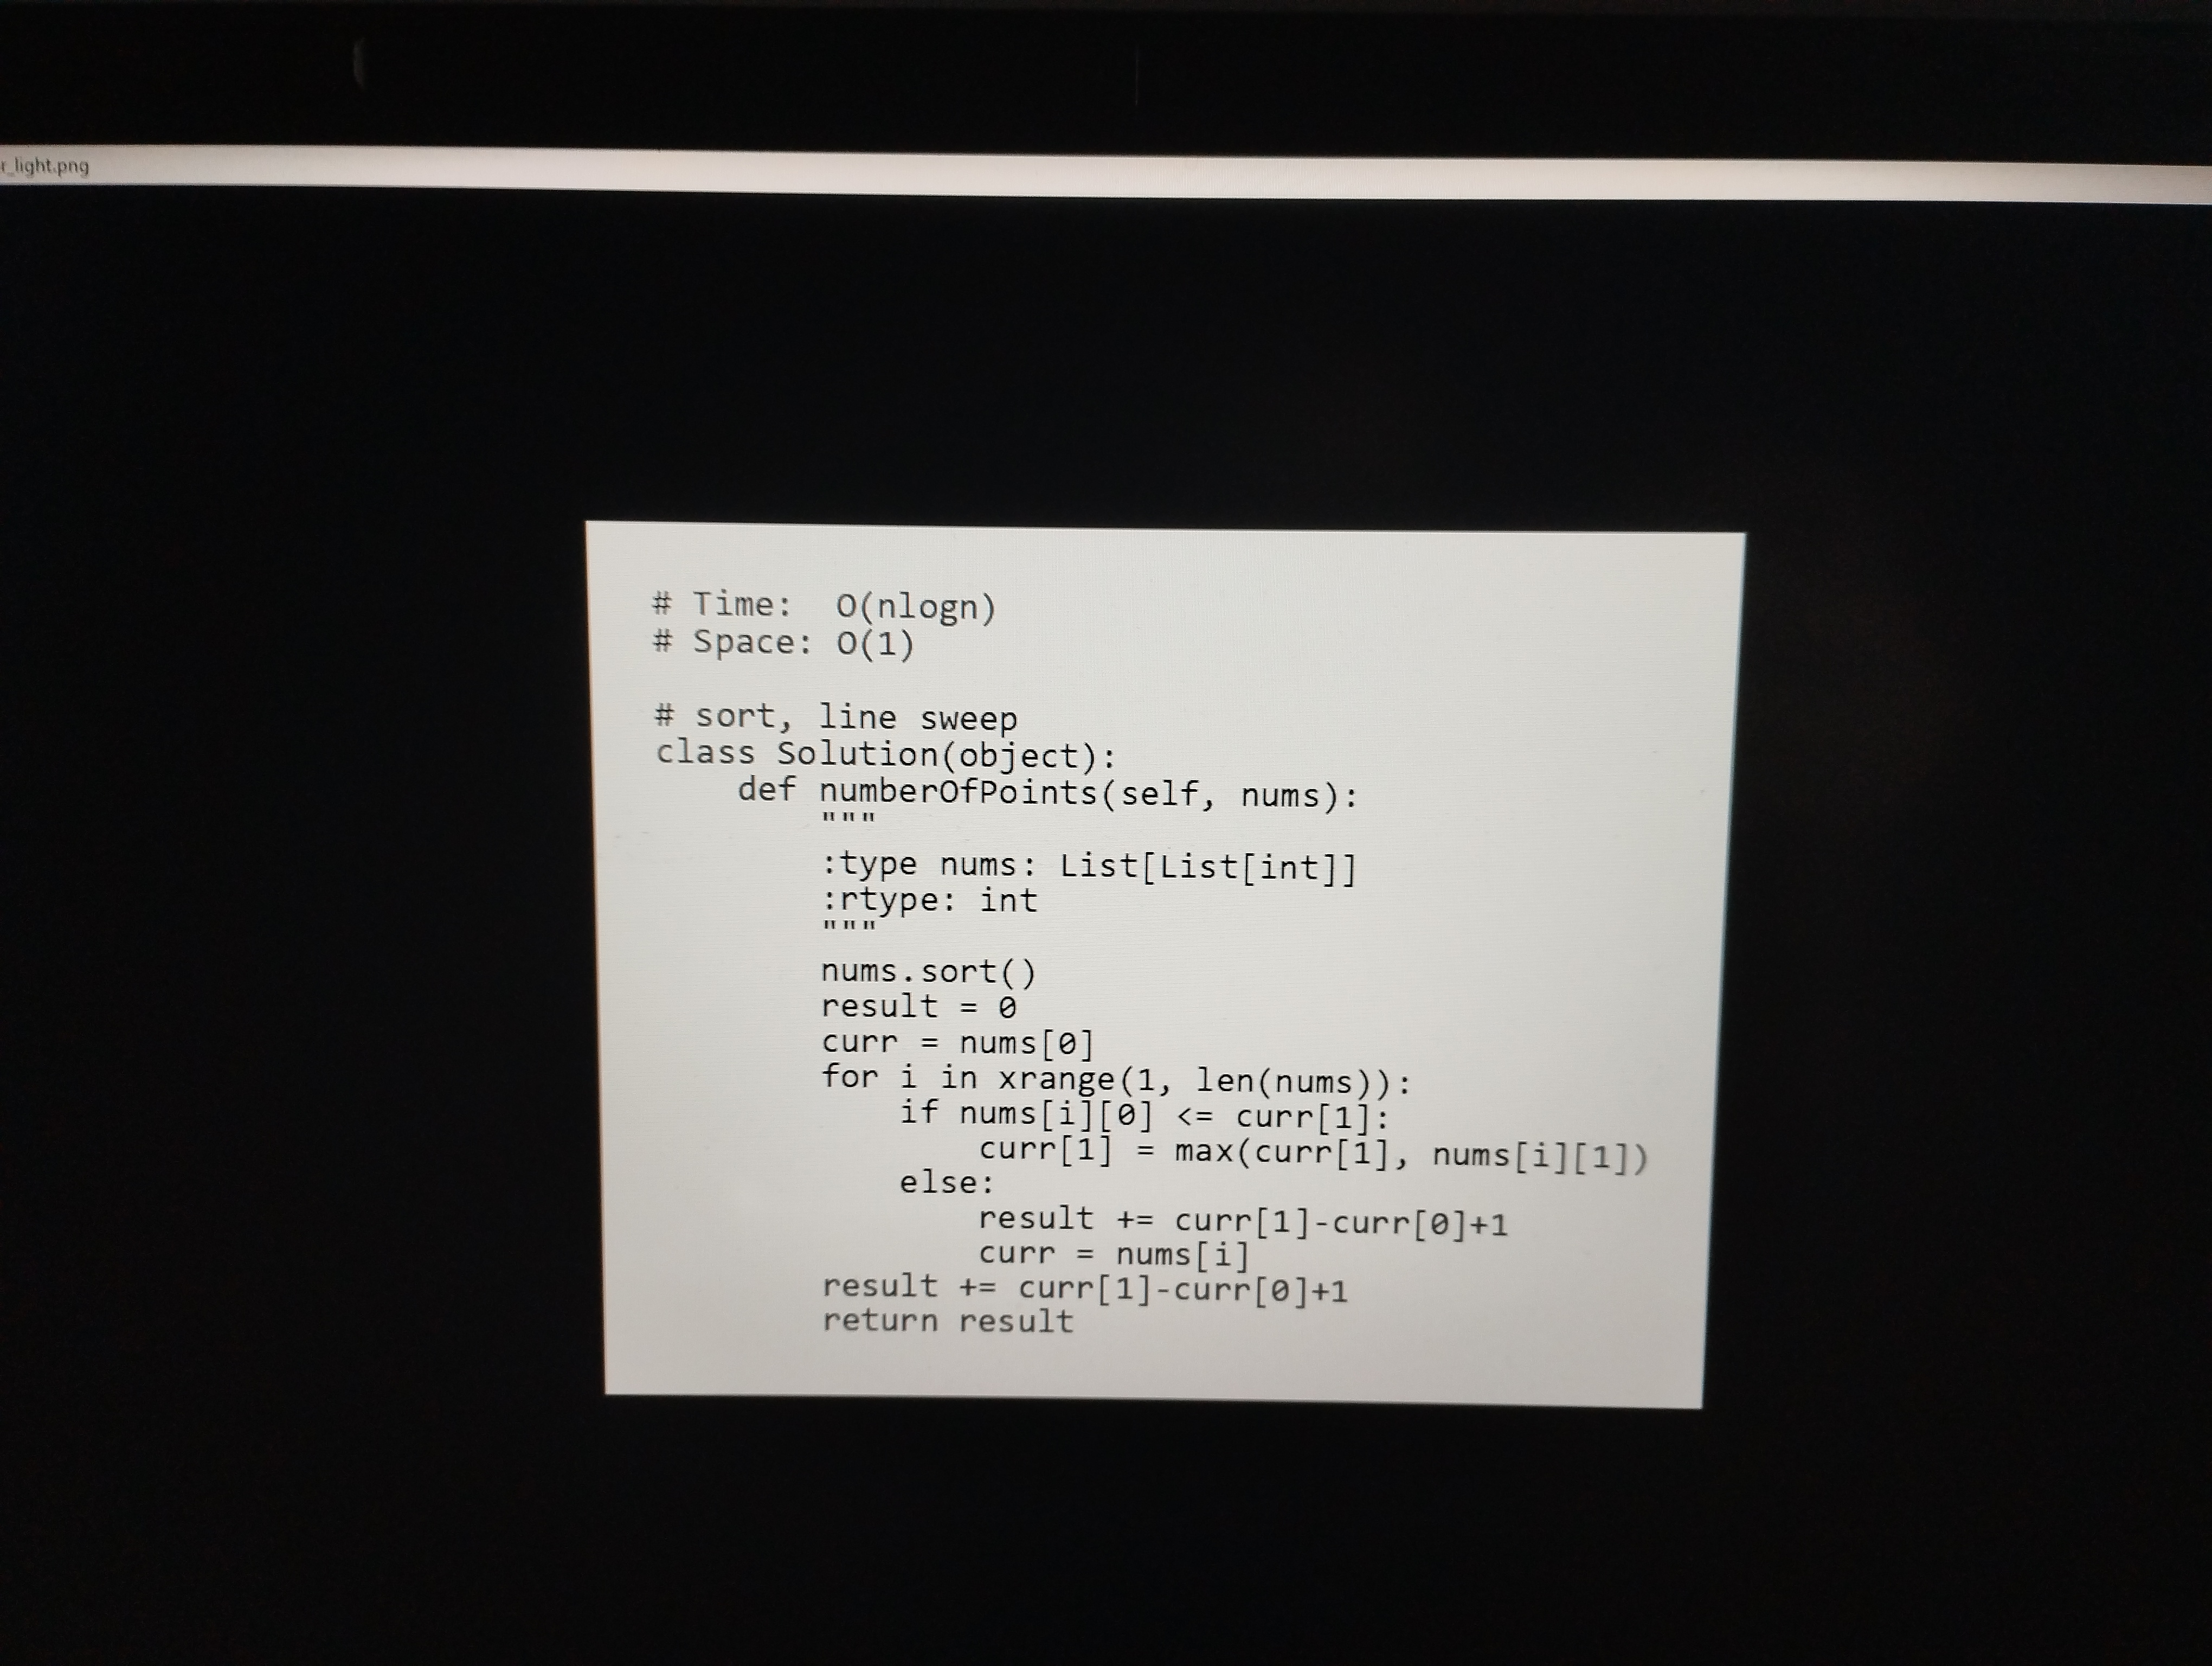
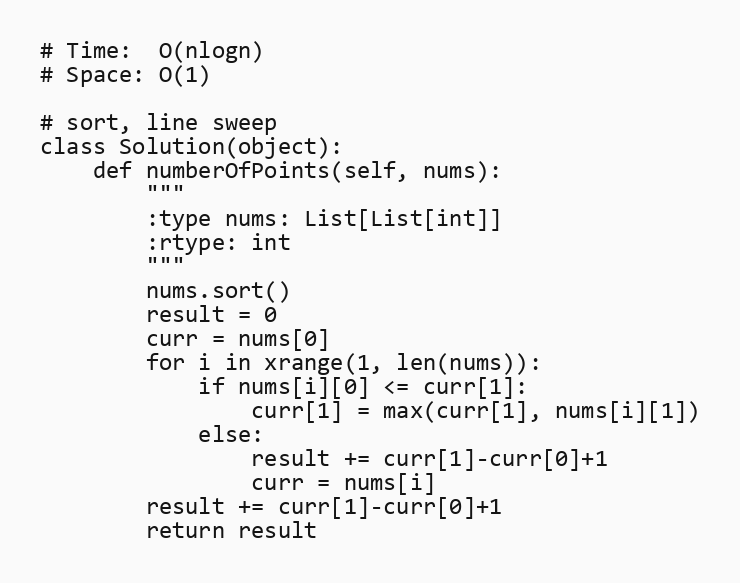
# Time:  O(nlogn)
# Space: O(1)

# sort, line sweep
class Solution(object):
    def numberOfPoints(self, nums):
        """
        :type nums: List[List[int]]
        :rtype: int
        """
        nums.sort()
        result = 0
        curr = nums[0]
        for i in xrange(1, len(nums)):
            if nums[i][0] <= curr[1]:
                curr[1] = max(curr[1], nums[i][1])
            else:
                result += curr[1]-curr[0]+1
                curr = nums[i]
        result += curr[1]-curr[0]+1
        return result